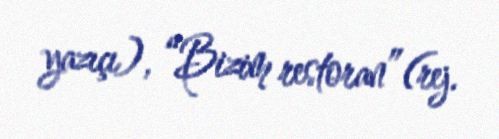
yazıçı), “Bizim restoran”(rej.